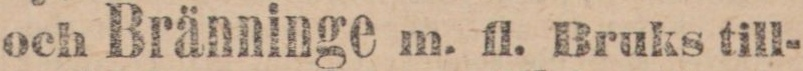
och Bränninge m. fl. Bruks till-